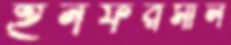
ইনফরমাল